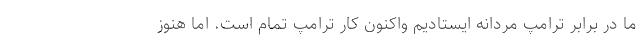
ما در برابر ترامپ مردانه ايستاديم واكنون كار ترامپ تمام است. اما هنوز